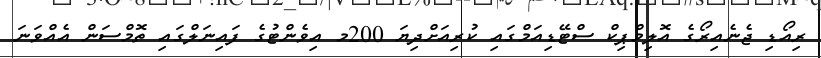
ރިއޯޑި ޖެނެއިރޯގެ އޮލިމްޕިކް ސްޓޭޑިއަމްގައި ކުރިއަށްދިޔަ 200މ އިވެންޓުގެ ފައިނަލްގައި ތޮޮމްސަން އެއްވަނަ